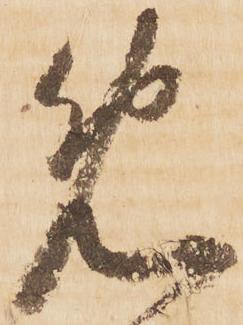
免